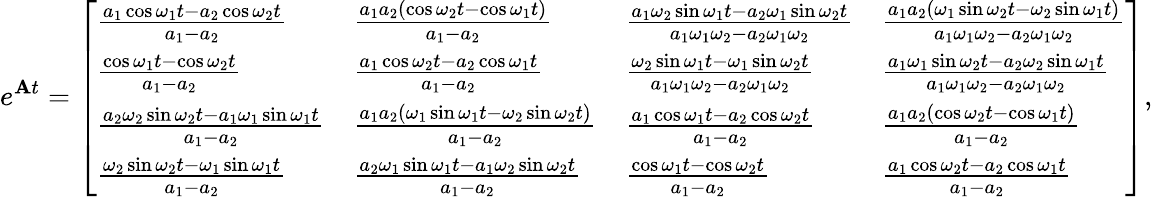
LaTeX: e^{\boldsymbol{\mathbf{A}}t}=\left[\begin{array}{llll}{\frac{a_{1}\cos\omega_{1}t-a_{2}\cos\omega_{2}t}{a_{1}-a_{2}}}&{\frac{a_{1}a_{2}(\cos\omega_{2}t-\cos\omega_{1}t)}{a_{1}-a_{2}}}&{\frac{a_{1}\omega_{2}\sin\omega_{1}t-a_{2}\omega_{1}\sin\omega_{2}t}{a_{1}\omega_{1}\omega_{2}-a_{2}\omega_{1}\omega_{2}}}&{\frac{a_{1}a_{2}(\omega_{1}\sin\omega_{2}t-\omega_{2}\sin\omega_{1}t)}{a_{1}\omega_{1}\omega_{2}-a_{2}\omega_{1}\omega_{2}}}\\ {\frac{\cos\omega_{1}t-\cos\omega_{2}t}{a_{1}-a_{2}}}&{\frac{a_{1}\cos\omega_{2}t-a_{2}\cos\omega_{1}t}{a_{1}-a_{2}}}&{\frac{\omega_{2}\sin\omega_{1}t-\omega_{1}\sin\omega_{2}t}{a_{1}\omega_{1}\omega_{2}-a_{2}\omega_{1}\omega_{2}}}&{\frac{a_{1}\omega_{1}\sin\omega_{2}t-a_{2}\omega_{2}\sin\omega_{1}t}{a_{1}\omega_{1}\omega_{2}-a_{2}\omega_{1}\omega_{2}}}\\ {\frac{a_{2}\omega_{2}\sin\omega_{2}t-a_{1}\omega_{1}\sin\omega_{1}t}{a_{1}-a_{2}}}&{\frac{a_{1}a_{2}(\omega_{1}\sin\omega_{1}t-\omega_{2}\sin\omega_{2}t)}{a_{1}-a_{2}}}&{\frac{a_{1}\cos\omega_{1}t-a_{2}\cos\omega_{2}t}{a_{1}-a_{2}}}&{\frac{a_{1}a_{2}(\cos\omega_{2}t-\cos\omega_{1}t)}{a_{1}-a_{2}}}\\ {\frac{\omega_{2}\sin\omega_{2}t-\omega_{1}\sin\omega_{1}t}{a_{1}-a_{2}}}&{\frac{a_{2}\omega_{1}\sin\omega_{1}t-a_{1}\omega_{2}\sin\omega_{2}t}{a_{1}-a_{2}}}&{\frac{\cos\omega_{1}t-\cos\omega_{2}t}{a_{1}-a_{2}}}&{\frac{a_{1}\cos\omega_{2}t-a_{2}\cos\omega_{1}t}{a_{1}-a_{2}}}\end{array}\right],